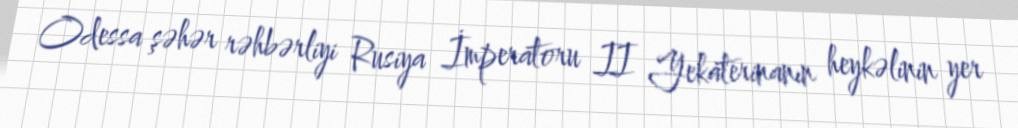
Odessa şəhər rəhbərliyi Rusiya İmperatoru II Yekaterinanın heykəlinin yer